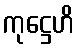
ကုဋ္ဌေဟိ